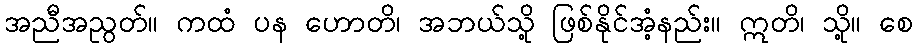
အညီအညွတ်။ ကထံ ပန ဟောတိ၊ အဘယ်သို့ ဖြစ်နိုင်အံ့နည်း။ ဣတိ၊ သို့။ စေ